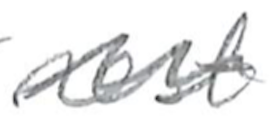
Text: rest
Cross-out: wave
Writing tool: pencil